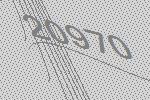
20970